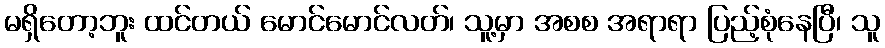
မရှိတော့ဘူး ထင်တယ် မောင်မောင်လတ်၊ သူ့မှာ အစစ အရာရာ ပြည့်စုံနေပြီ၊ သူ